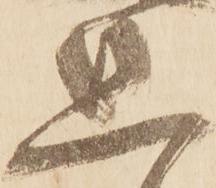
惑